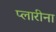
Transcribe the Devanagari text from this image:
प्लारीना